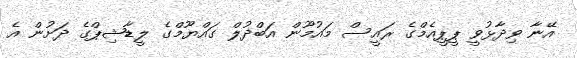
އޭނާ ވިދާޅުވީ ޕީޕީއެމްގެ ރައީސް މައުމޫން އަބްދުލް ގައްޔޫމްގެ ލީޑާޝިޕްގެ ދަށުން އެ